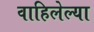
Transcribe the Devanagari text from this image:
वाहिलेल्‍या